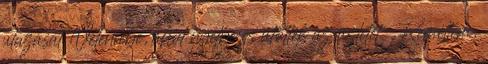
utazását Velencébe, ahol nyélbe is ütötték az üzletet. „Reméltem,